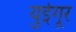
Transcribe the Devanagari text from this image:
युईगूर